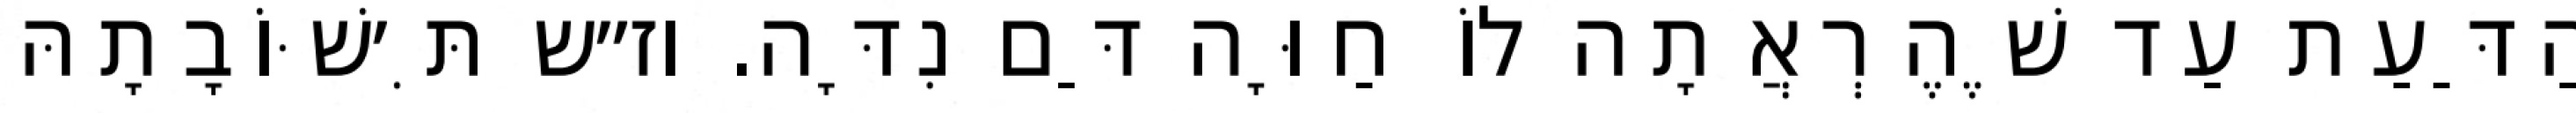
הַדַּעַת עַד שֶׁהֶרְאֲתָה לוֹ חַוָּה דַּם נִדָּה. וז״ש תִּ׳שּׁוֹבָתָהּ